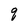
Character: q